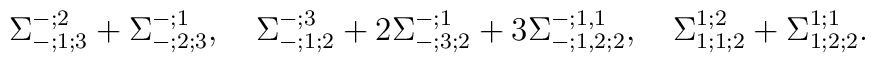
\Sigma_{-;1;3}^{-;2}+\Sigma_{-;2;3}^{-;1}, \quad\Sigma_{-;1;2}^{-;3}+2\Sigma_{-;3;2}^{-;1}+3\Sigma_{-;1,2;2}^{-;1,1}, \quad\Sigma_{1;1;2}^{1;2}+\Sigma_{1;2;2}^{1;1} .